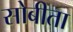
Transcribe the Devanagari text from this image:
सोबीता